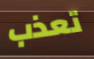
تعذب